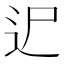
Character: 迉